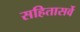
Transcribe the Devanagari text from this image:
सहितासर्वे